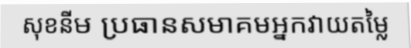
សុខនីម ប្រធានសមាគមអ្នកវាយតម្លៃ